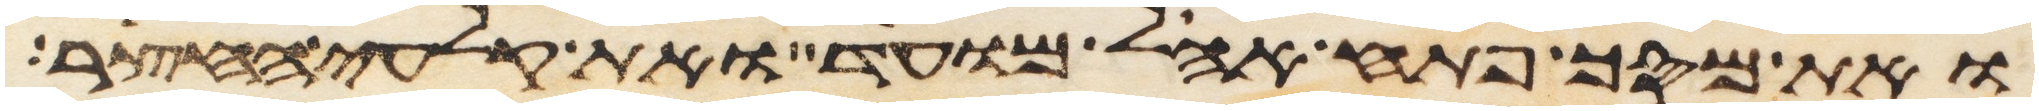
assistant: ואת מסך פתח אהל מועד ואת קלעי החצר